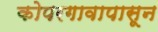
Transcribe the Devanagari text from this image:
कोपरगावापासून